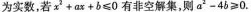
为实数，若$$x ^ { 2 } + a x + b ≤ 0$$有非空解集，则$$a ^ { 2 } - 4 b ≥ 0$$.